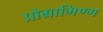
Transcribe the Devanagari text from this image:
प्रोग्रामिण्ग